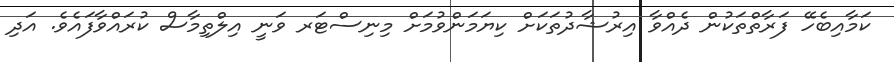
ކަމާއިބެހޭ ފަރާތްތަކުން ދެއްވާ އިރުޝާދުތަކަށް ކިޔަމަންވުމަށް މިނިސްޓަރ ވަނީ އިލްތިމާސް ކުރައްވާފައެވެ. އަދި